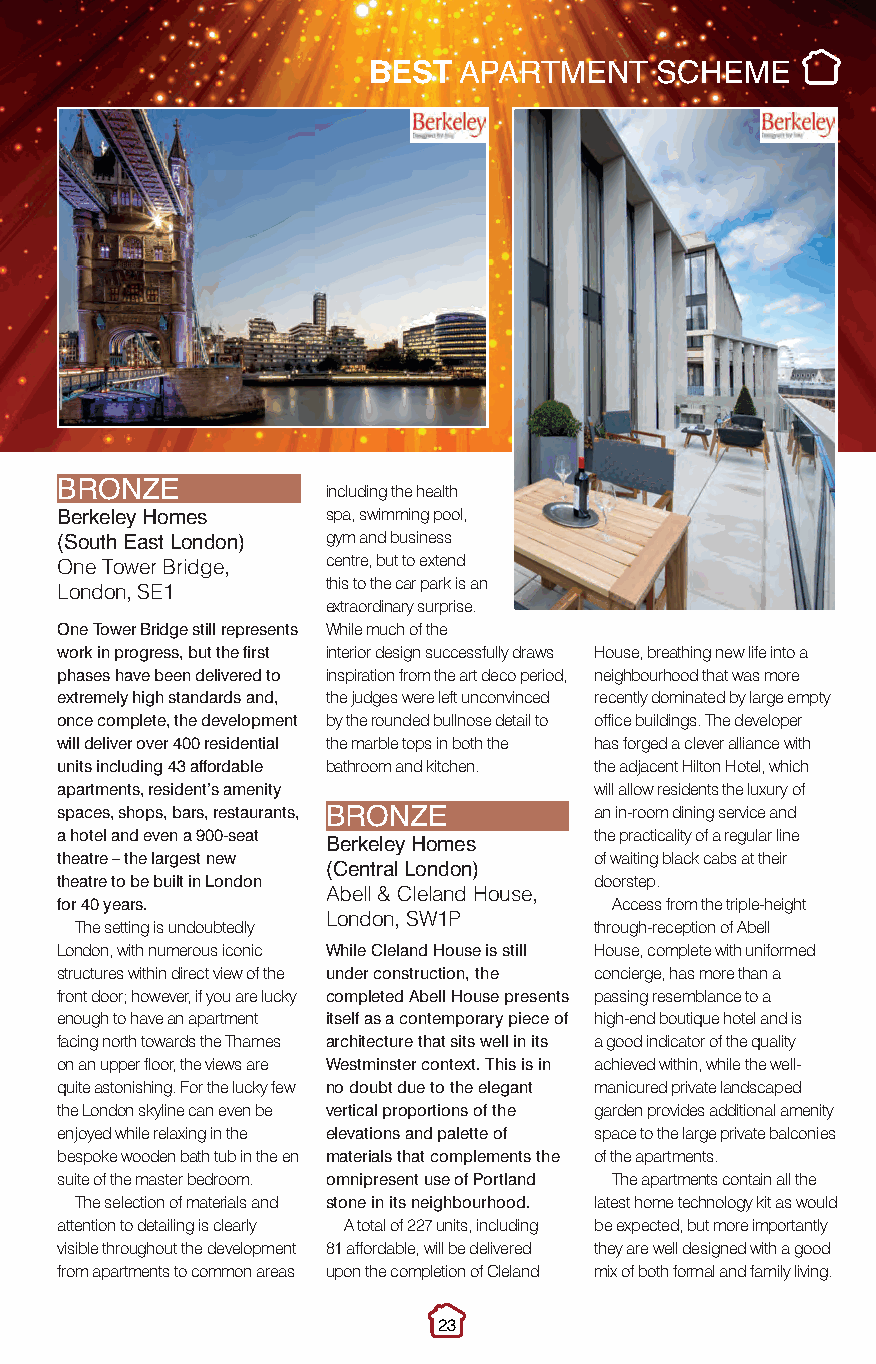
Best ApartmentScheme.qxp_Layout 1 11/11/2016 18:17 Page 2
 BEST  APARTMENT     SCHEME
 including the health
 BRONZE
 spa, swimming pool,
 Berkeley Homes    gym and business
 (South East London) centre, but to extend
 One Tower Bridge,
 this to the car park is an
 London, SE1
 extraordinary surprise.
 One Tower Bridge still represents While much of the
 work in progress, but the first interior design successfully draws House, breathing new life into a
 phases have been delivered to inspiration from the art deco period, neighbourhood that was more
 extremely high standards and, the judges were left unconvinced recently dominated by large empty
 once complete, the development by the rounded bullnose detail to office buildings. The developer
 will deliver over 400 residential the marble tops in both the has forged a clever alliance with
 units including 43 affordable bathroom and kitchen. the adjacent Hilton Hotel, which
 apartments, resident’s amenity     will allow residents the luxury of
 spaces, shops, bars, restaurants,  an in-room dining service and
 a hotel and even a 900-seat BRONZE the practicality of a regular line
 theatre – the largest new Berkeley Homes of waiting black cabs at their
 theatre to be built in London (Central London) doorstep.
 Abell & Cleland House,
 for 40 years.                        Access from the triple-height
 London, SW1P
 The setting is undoubtedly        through-reception of Abell
 London, with numerous iconic While Cleland House is still House, complete with uniformed
 structures within direct view of the under construction, the concierge, has more than a
 front door; however, if you are lucky completed Abell House presents passing resemblance to a
 enough to have an apartment itself as a contemporary piece of high-end boutique hotel and is
 facing north towards the Thames architecture that sits well in its a good indicator of the quality
 on an upper floor, the views are Westminster context. This is in achieved within, while the well-
 quite astonishing. For the lucky few no doubt due to the elegant manicured private landscaped
 the London skyline can even be vertical proportions of the garden provides additional amenity
 enjoyed while relaxing in the elevations and palette of space to the large private balconies
 bespoke wooden bath tub in the en materials that complements the of the apartments.
 suite of the master bedroom. omnipresent use of Portland The apartments contain all the
 The selection of materials and stone in its neighbourhood. latest home technology kit as would
 attention to detailing is clearly A total of 227 units, including be expected, but more importantly
 visible throughout the development 81 affordable, will be delivered they are well designed with a good
 from apartments to common areas upon the completion of Cleland mix of both formal and family living.
 23